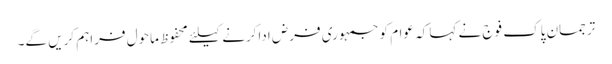
ترجمان پاک فوج نے کہا کہ عوام کوجمہوری فرض اداکرنے کیلئے محفوظ ماحول فراہم کریں گے۔